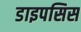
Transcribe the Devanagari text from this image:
डाइपसिस